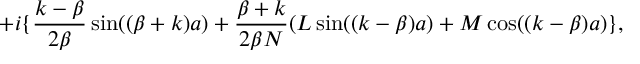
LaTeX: + i \{ \frac { k - \beta } { 2 \beta } \sin ( ( \beta + k ) a ) + \frac { \beta + k } { 2 \beta N } ( L \sin ( ( k - \beta ) a ) + M \cos ( ( k - \beta ) a ) \} ,